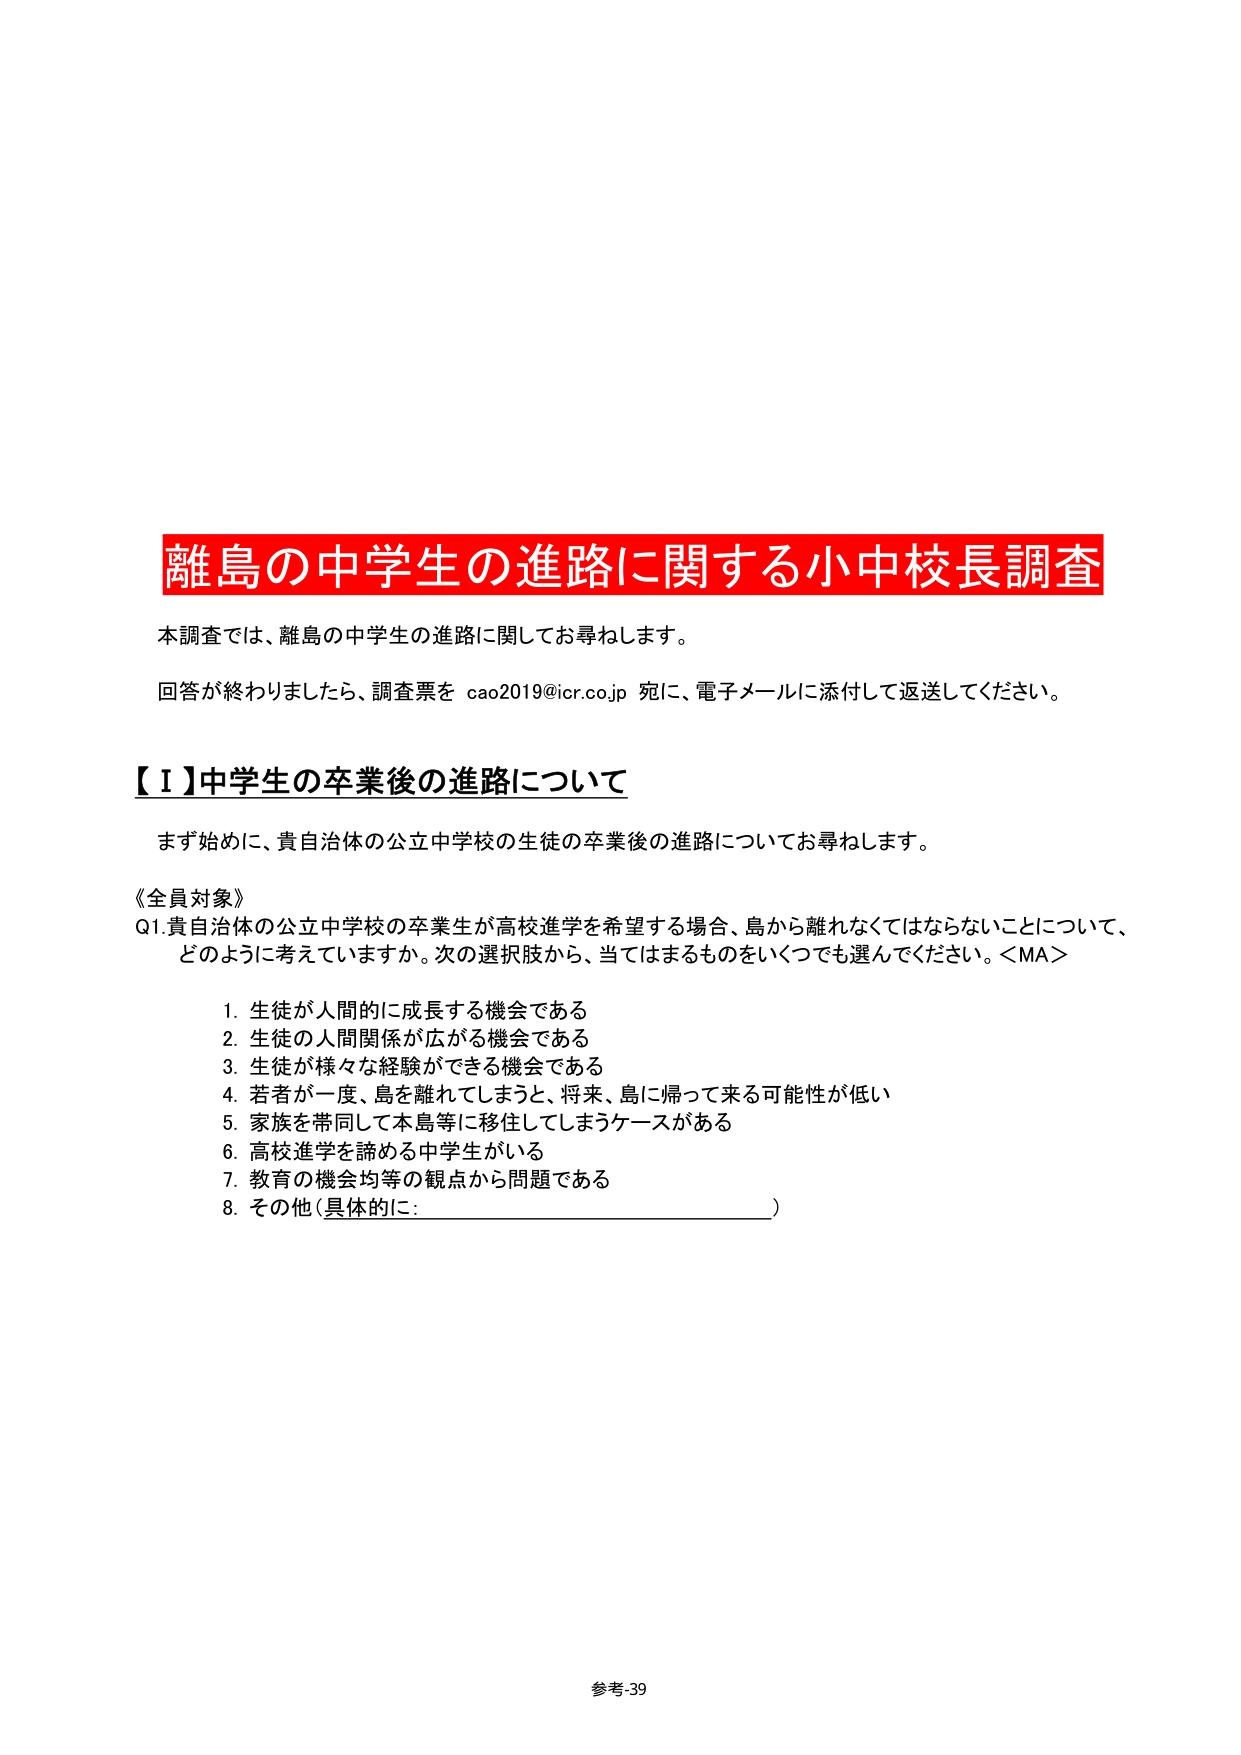
離島の中学生の進路に関する小中校長調査
本調査では、離島の中学生の進路に関してお尋ねします。
回答が終わりましたら、調査票を cao2019@icr.co.jp 宛に、電子メールに添付して返送してください。

【Ⅰ】中学生の卒業後の進路について
まず始めに、貴自治体の公立中学校の生徒の卒業後の進路についてお尋ねします。

《全員対象》
Q1. 貴自治体の公立中学校の卒業生が高校進学を希望する場合、島から離れなくてはならないことについて、どのように考えていますか。次の選択肢から、当てはまるものをいくつでも選んでください。＜MA＞

1. 生徒が人間的に成長する機会である
2. 生徒の人間関係が広がる機会である
3. 生徒が様々な経験ができる機会である
4. 若者が一度、島を離れてしまうと、将来、島に帰って来る可能性が低い
5. 家族を帯同して本島等に移住してしまうケースがある
6. 高校進学を諦める中学生がいる
7. 教育の機会均等の観点から問題である
8. その他（具体的に：________________________）

参考-39